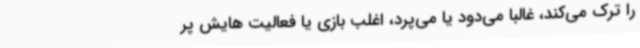
را ترک می‌کند، غالباً می‌دود یا می‌پرد، اغلب بازی یا فعالیت هایش پر